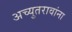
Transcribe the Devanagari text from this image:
अच्युतरावांना